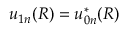
u _ { 1 n } ( R ) = u _ { 0 n } ^ { * } ( R )